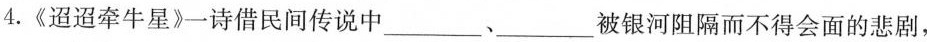
4.《迢迢牵牛星》一诗借民间传说中___、___被银河阻隔而不得会面的悲剧，